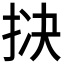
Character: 𪭱